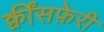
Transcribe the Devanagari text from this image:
क्वींसफ़ेरी